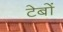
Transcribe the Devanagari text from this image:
टेबों